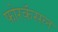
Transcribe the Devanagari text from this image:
फोरकॅसल